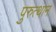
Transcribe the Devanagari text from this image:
पुरुत्थान